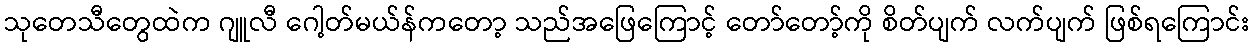
သုတေသီတွေထဲက ဂျူလီ ဂေါ့တ်မယ်န်ကတော့ သည်အဖြေကြောင့် တော်တော့်ကို စိတ်ပျက် လက်ပျက် ဖြစ်ရကြောင်း